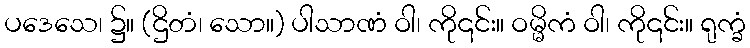
ပဒေသေ၊ ၌။ (ဌိတံ၊ သော။) ပါသာဏံ ဝါ၊ ကို၎င်း။ ဝမ္မိကံ ဝါ၊ ကို၎င်း။ ရုက္ခံ